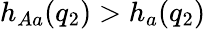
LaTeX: h_{Aa}(q_{2})>h_{a}(q_{2})